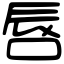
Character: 唇